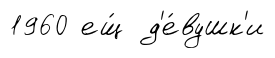
1960 ещ́ д'е́вушк'и